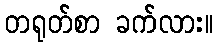
တရုတ်စာ ခက်လား။